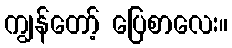
ကျွန်တော့် ပြေစာလေး။